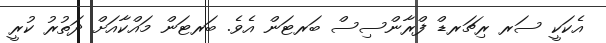
އެކަކީ ސަރ ރިޗަރޑް ފްރާންސިސް ބަރޓަން އެވެ. ބަރޓަން މައްކާއަށް ދަތުރު ކުރީ